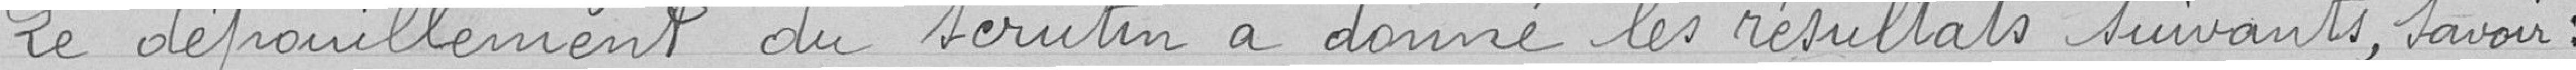
Le dépouillement du scrutin a donné les résultats suivants, savoir